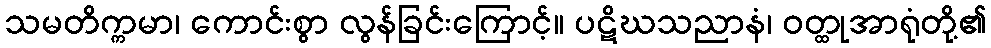
သမတိက္ကမာ၊ ကောင်းစွာ လွန်ခြင်းကြောင့်။ ပဋိဃသညာနံ၊ ဝတ္ထုအာရုံတို့၏